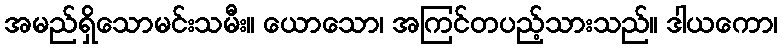
အမည်ရှိသောမင်းသမီး။ ယောသော၊ အကြင်တပည့်သားသည်။ ဒါယကော၊